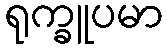
ရုက္ခူပမာ